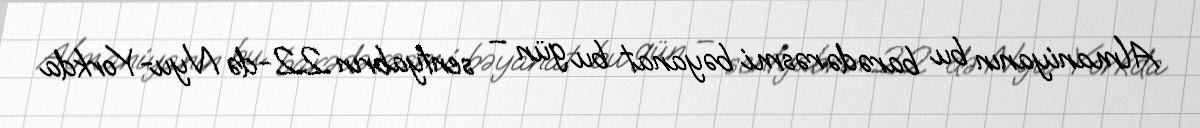
Almaniyanın bu barədə rəsmi bəyanat bu gün – sentyabrın 22-də Nyu-Yorkda